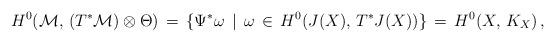
LaTeX: \begin{align*}H^0({\mathcal M},\, (T^*{\mathcal M})\otimes\Theta)\, =\,\{\Psi^*\omega\, \mid\, \omega\,\in\, H^0(J(X),\, T^*J(X))\}\,=\,H^0(X,\, K_X)\, ,\end{align*}